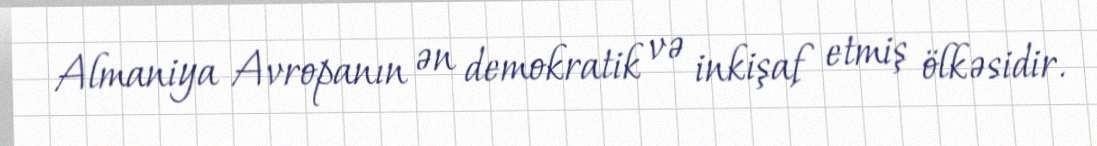
Almaniya Avropanın ən demokratik və inkişaf etmiş ölkəsidir.